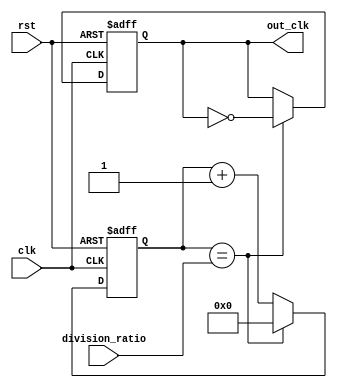
module programmable_clock_divider (
    input wire clk,
    input wire rst,
    input wire [7:0] division_ratio,
    output reg out_clk
);

reg [7:0] counter;

always @(posedge clk or posedge rst) begin
    if (rst) begin
        counter <= 8'h00;
        out_clk <= 1'b0;
    end else begin
        if (counter == division_ratio) begin
            counter <= 8'h00;
            out_clk <= ~out_clk;
        end else begin
            counter <= counter + 1;
        end
    end
end

endmodule